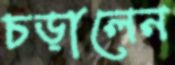
চড়ালেন